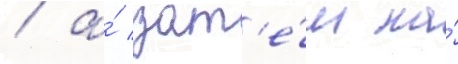
/ а́ зат'е́м на́